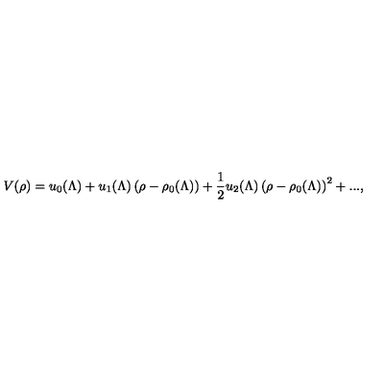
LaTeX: V ( \rho ) = u _ { 0 } ( \Lambda ) + u _ { 1 } ( \Lambda ) \left( \rho - \rho _ { 0 } ( \Lambda ) \right) + \frac { 1 } { 2 } u _ { 2 } ( \Lambda ) \left( \rho - \rho _ { 0 } ( \Lambda ) \right) ^ { 2 } + . . . ,